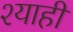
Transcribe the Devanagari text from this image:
श्याही